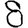
Digit: 8